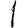
Digit: 1